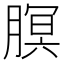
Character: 𬂊